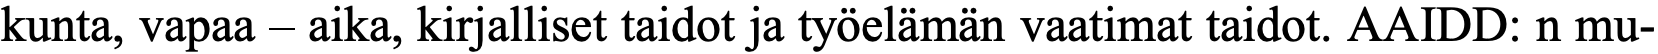
kunta, vapaa – aika, kirjalliset taidot ja työelämän vaatimat taidot. AAIDD: n mu-